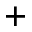
^ { + }